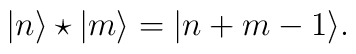
| n\rangle \star | m \rangle = | n+ m -1\rangle.